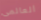
العالمى